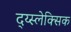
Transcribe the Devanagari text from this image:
द्य्स्लेक्सिक